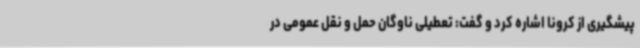
پیشگیری از کرونا اشاره کرد و گفت: تعطیلی ناوگان حمل و نقل عمومی در